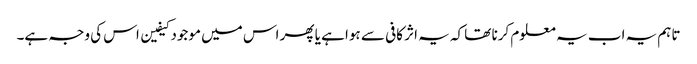
تاہم یہ اب یہ معلوم کرنا تھا کہ یہ اثر کافی سے ہوا ہے یا پھر اس میں موجود کیفین اس کی وجہ ہے۔